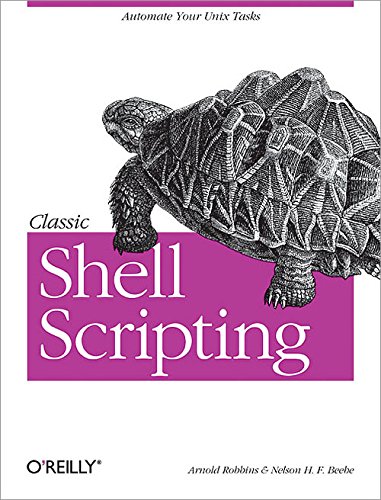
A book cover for Classic Shell Scripting; Arnold Robbins; Computers & Technology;